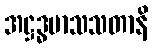
အဋ္ဌဒ္ဓမာသသတာနိ